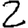
Digit: 2